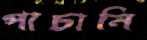
পাচানি